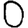
Digit: 0